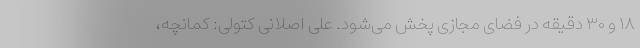
۱۸ و ۳۰ دقیقه در فضای مجازی پخش می‌شود. علی اصلانی کتولی: کمانچه،